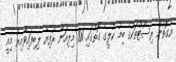
އެގޮތުން ރިސޯޓްތަކުގެ ބިމު ކުލީގެ ގޮތުގައި 101 މިލިއަން ރުފިޔާ ލިބިފައިވާއިރު މިއީ